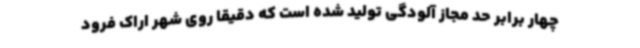
چهار برابر حد مجاز آلودگی تولید شده است که دقیقا روی شهر اراک فرود